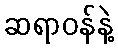
ဆရာဝန်နဲ့